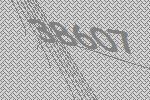
38607